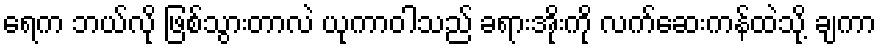
ရေက ဘယ်လို ဖြစ်သွားတာလဲ ယုကာဝါသည် ခရားအိုးကို လက်ဆေးကန်ထဲသို့ ချကာ